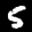
Label: 5